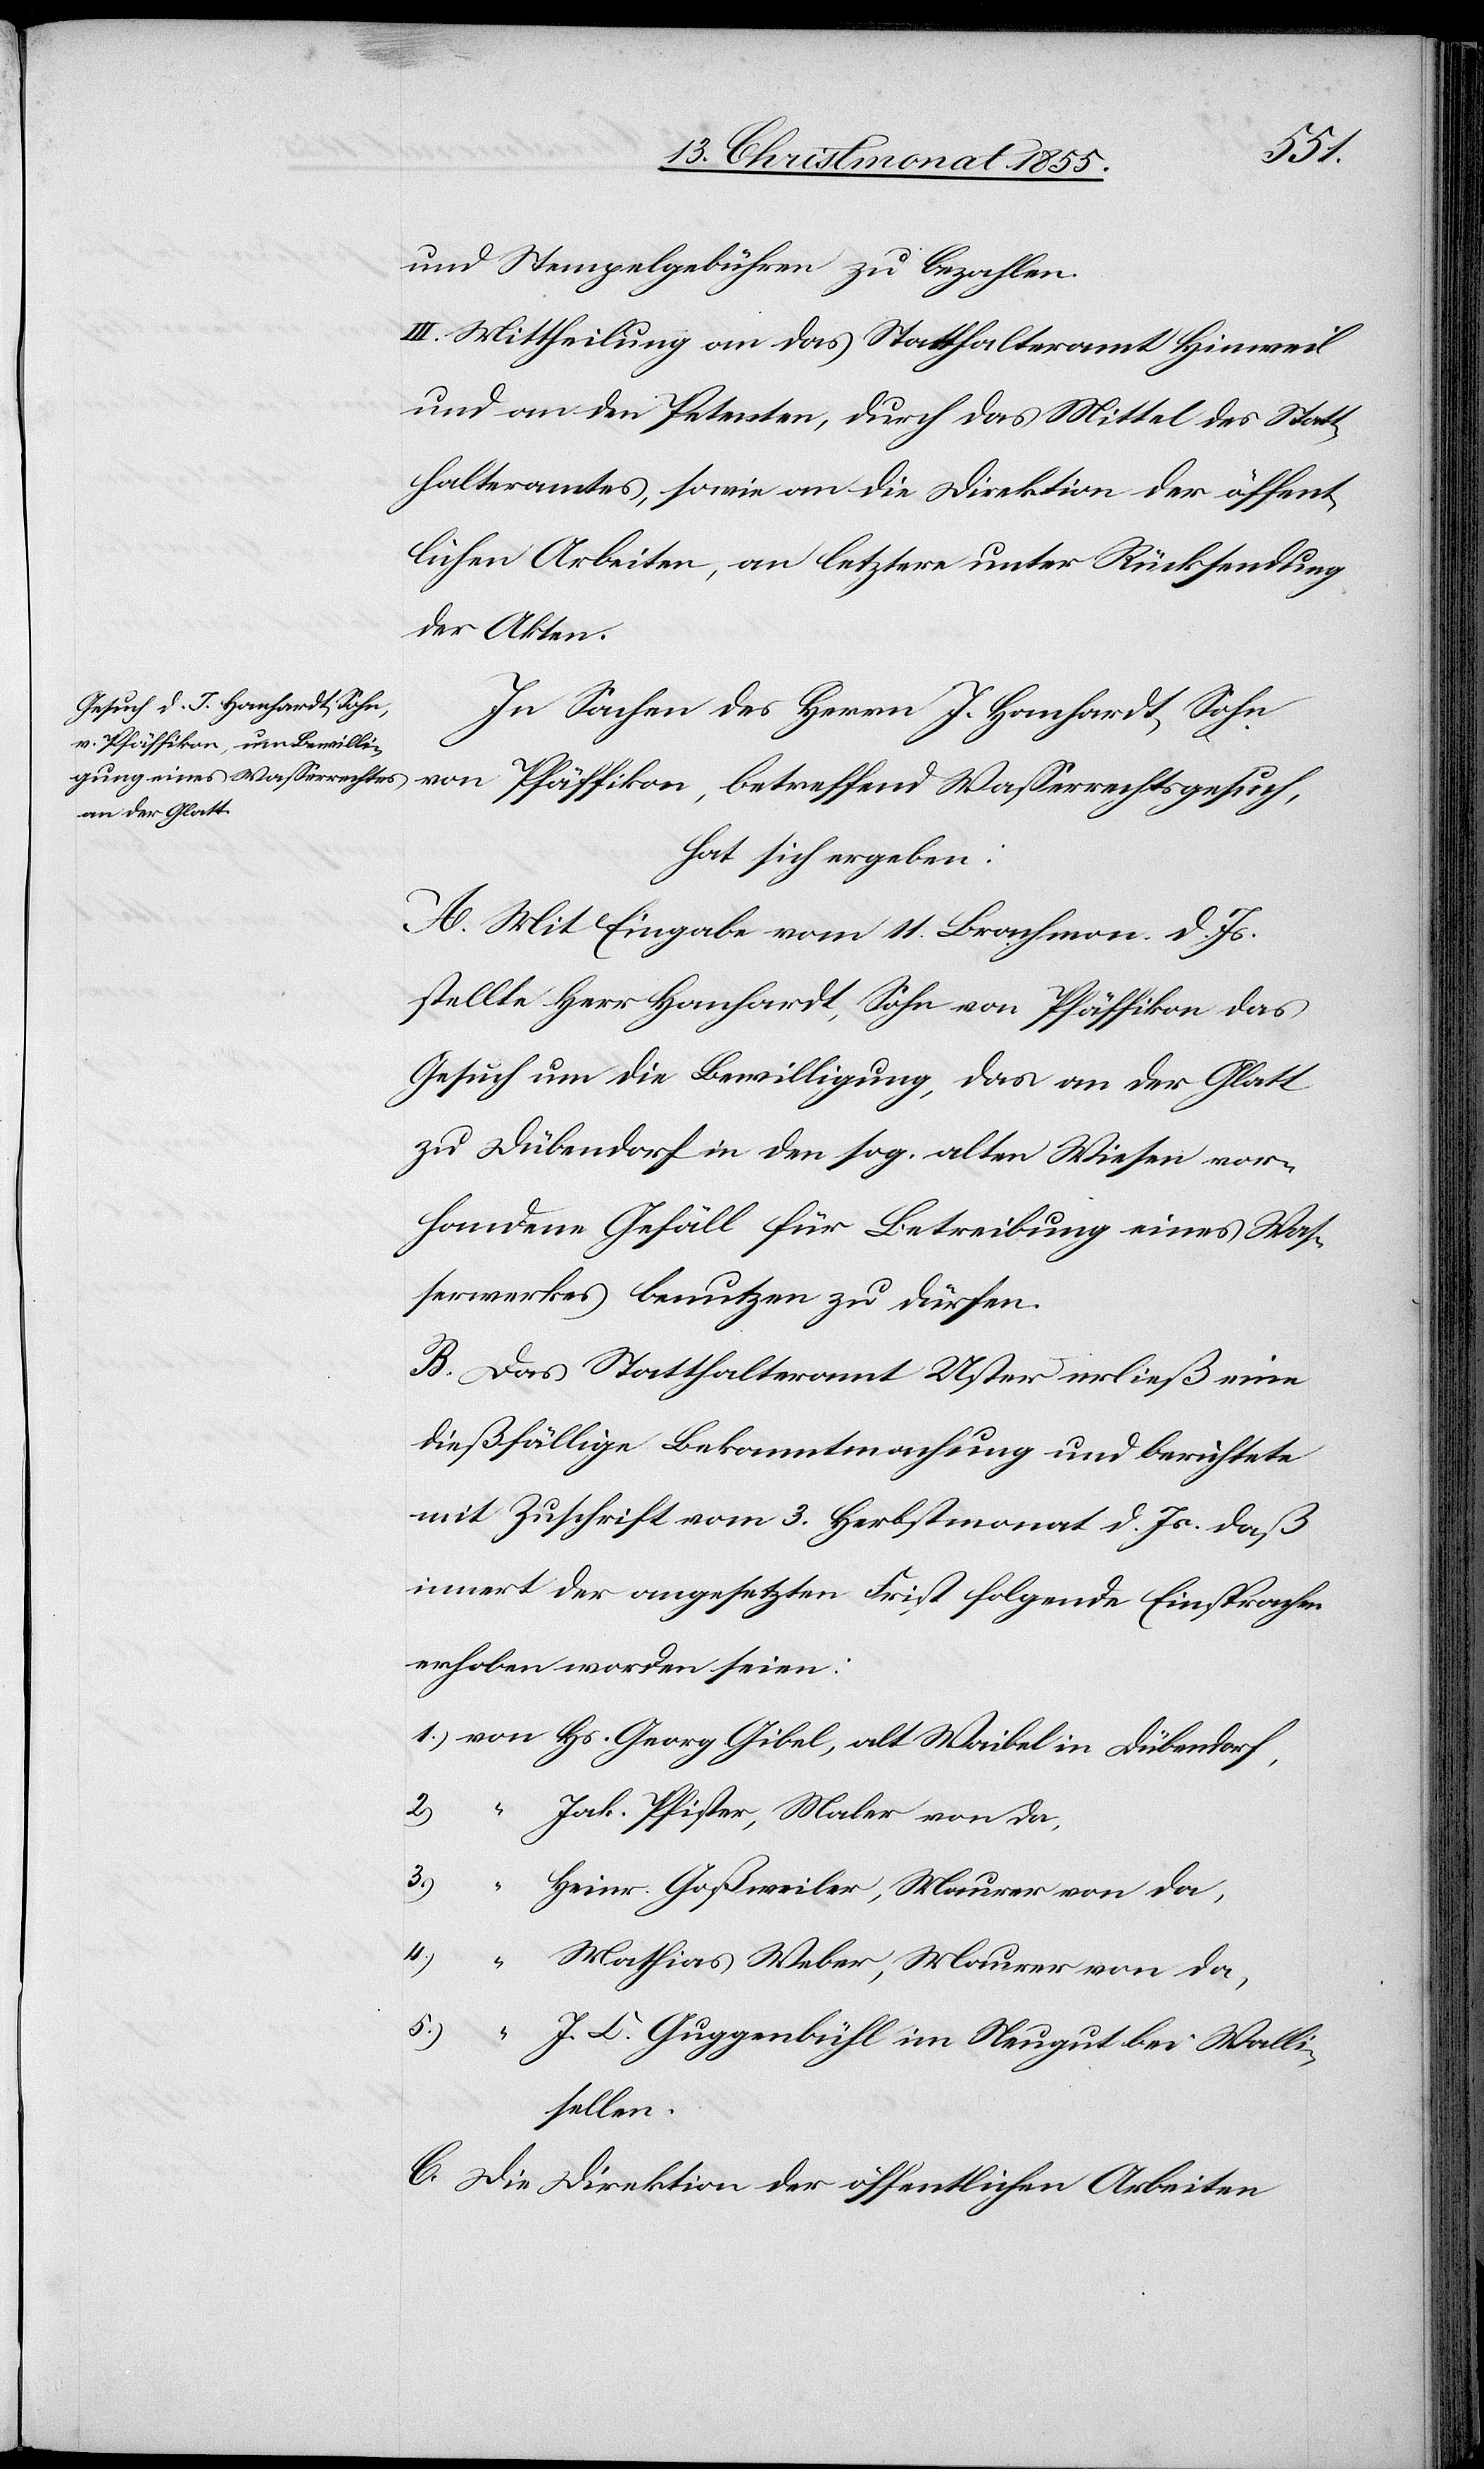
und Stempelgebühren zu bezahlen.
III. Mittheilung an das Statthalteramt Hinweil
und an den Petenten, durch das Mittel des Statt¬
halteramtes, sowie an die Direktion der öffent¬
lichen Arbeiten, an letztere unter Rücksendung
der Akten.
In Sachen des Herrn J. Hanhardt, Sohn
von
Pfäffikon, betreffend Wasserrechtsgesuch,
hat sich ergeben:
A. Mit Eingabe vom 11. Brachmon. d. Js.
stellte Herr Hanhardt, Sohn von Pfäffikon das
Gesuch um die Bewilligung, das an der Glatt
zu Dübendorf in den sog. alten Wiesen vor¬
handene Gefäll für Betreibung eines Was¬
serwerkes benutzen zu dürfen.
B. Das Statthalteramt Uster erließ eine
dießfällige Bekanntmachung und berichtete
mit Zuschrift vom 3. Herbstmonat d. Js. daß
innert der angesetzten Frist folgende Einsprachen
erhoben worden seien:
von Hs. Georg Gibel, alt Waibel in Dübendorf,
2.)
Jak. Pfister, Maler von da,
5.)
Heinr. Goßweiler, Maurer von da,
4.)
Mathias Weber, Maurer von da,
“ J. C. Guggenbühl im Neugut bei Walli¬
sellen.
C. Die Direktion der öffentlichen Arbeiten